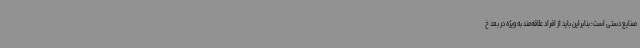
صنایع دستی است؛ بنابراین باید از افراد علاقه‌مند به ویژه در بعد خ